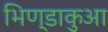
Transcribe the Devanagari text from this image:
भिण्डाकुआ